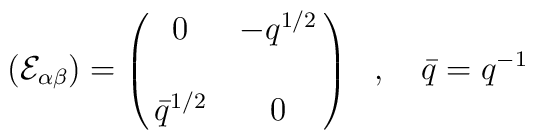
\left({\cal E}_{\alpha\beta}\right) =\left(\matrix{ 0 &-q^{1/2}\cr \cr\bar q^{1/2} &0\cr}\right)\ \ ,\quad \bar q =q^{-1}